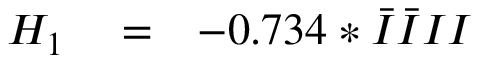
\begin{array} { r l r } { H _ { 1 } } & { { } = } & { - 0 . 7 3 4 * \bar { I } \bar { I } I I } \end{array}